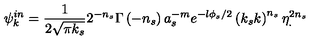
\psi _ { k } ^ { i n } = \frac { 1 } { 2 \sqrt { \pi k _ { s } } } 2 ^ { - n _ { s } } \Gamma \left( - n _ { s } \right) a _ { s } ^ { - m } e ^ { - l \phi _ { s } / 2 } \left( k _ { s } k \right) ^ { n _ { s } } \eta _ { . } ^ { 2 n _ { s } }